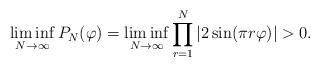
LaTeX: \begin{align*}\liminf_{N\to\infty} P_N(\varphi) = \liminf_{N\to\infty} \prod_{r=1}^N \left| 2\sin(\pi r \varphi) \right|>0.\end{align*}